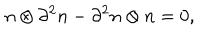
LaTeX: n \otimes \partial ^ { 2 } n - \partial ^ { 2 } n \otimes n = 0 ,